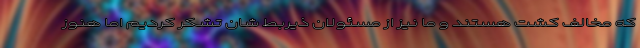
که مخالف کشت هستند و ما نیز از مسئولان ذیربط شان تشکر کردیم اما هنوز